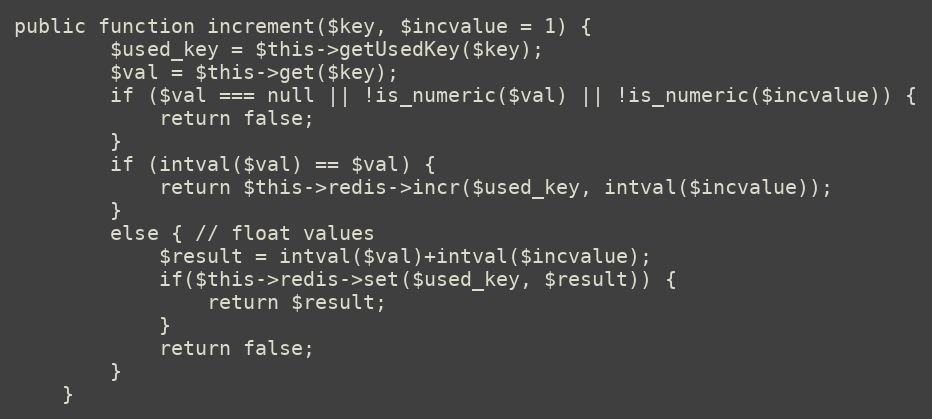
Language: PHP
public function increment($key, $incvalue = 1) {
        $used_key = $this->getUsedKey($key);
        $val = $this->get($key);
        if ($val === null || !is_numeric($val) || !is_numeric($incvalue)) {
            return false;
        }
        if (intval($val) == $val) {
            return $this->redis->incr($used_key, intval($incvalue));
        }
        else { // float values
            $result = intval($val)+intval($incvalue);
            if($this->redis->set($used_key, $result)) {
                return $result;
            }
            return false;
        }
    }